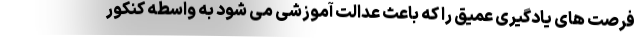
فرصت های یادگیری عمیق را که باعث عدالت آموزشی می شود به واسطه کنکور